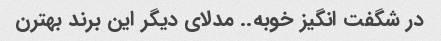
در شگفت انگیز خوبه.. مدلای دیگر این برند بهترن